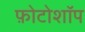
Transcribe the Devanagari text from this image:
फ़ोटोशॉप